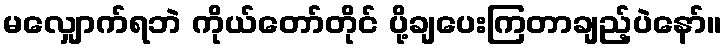
မလျှောက်ရဘဲ ကိုယ်တော်တိုင် ပို့ချပေးကြတာချည့်ပဲနော်။